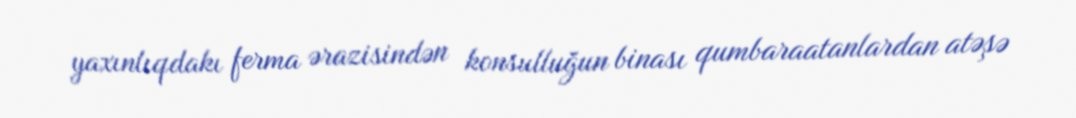
yaxınlıqdakı ferma ərazisindən konsulluğun binası qumbaraatanlardan atəşə